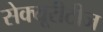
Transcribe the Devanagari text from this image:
सेक्यूरीटीज